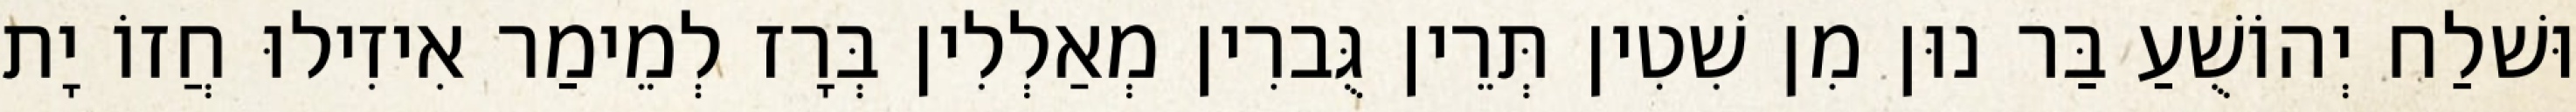
וּשׁלַח יְהוֹשֻׁעַ בַּר נוּן מִן שִׁטִין תְּרֵין גֻּברִין מְאַלְלִין בְּרָז לְמֵימַר אִיזִילוּ חֲזוֹ יָת